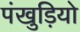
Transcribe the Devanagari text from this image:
पंखुड़ियो